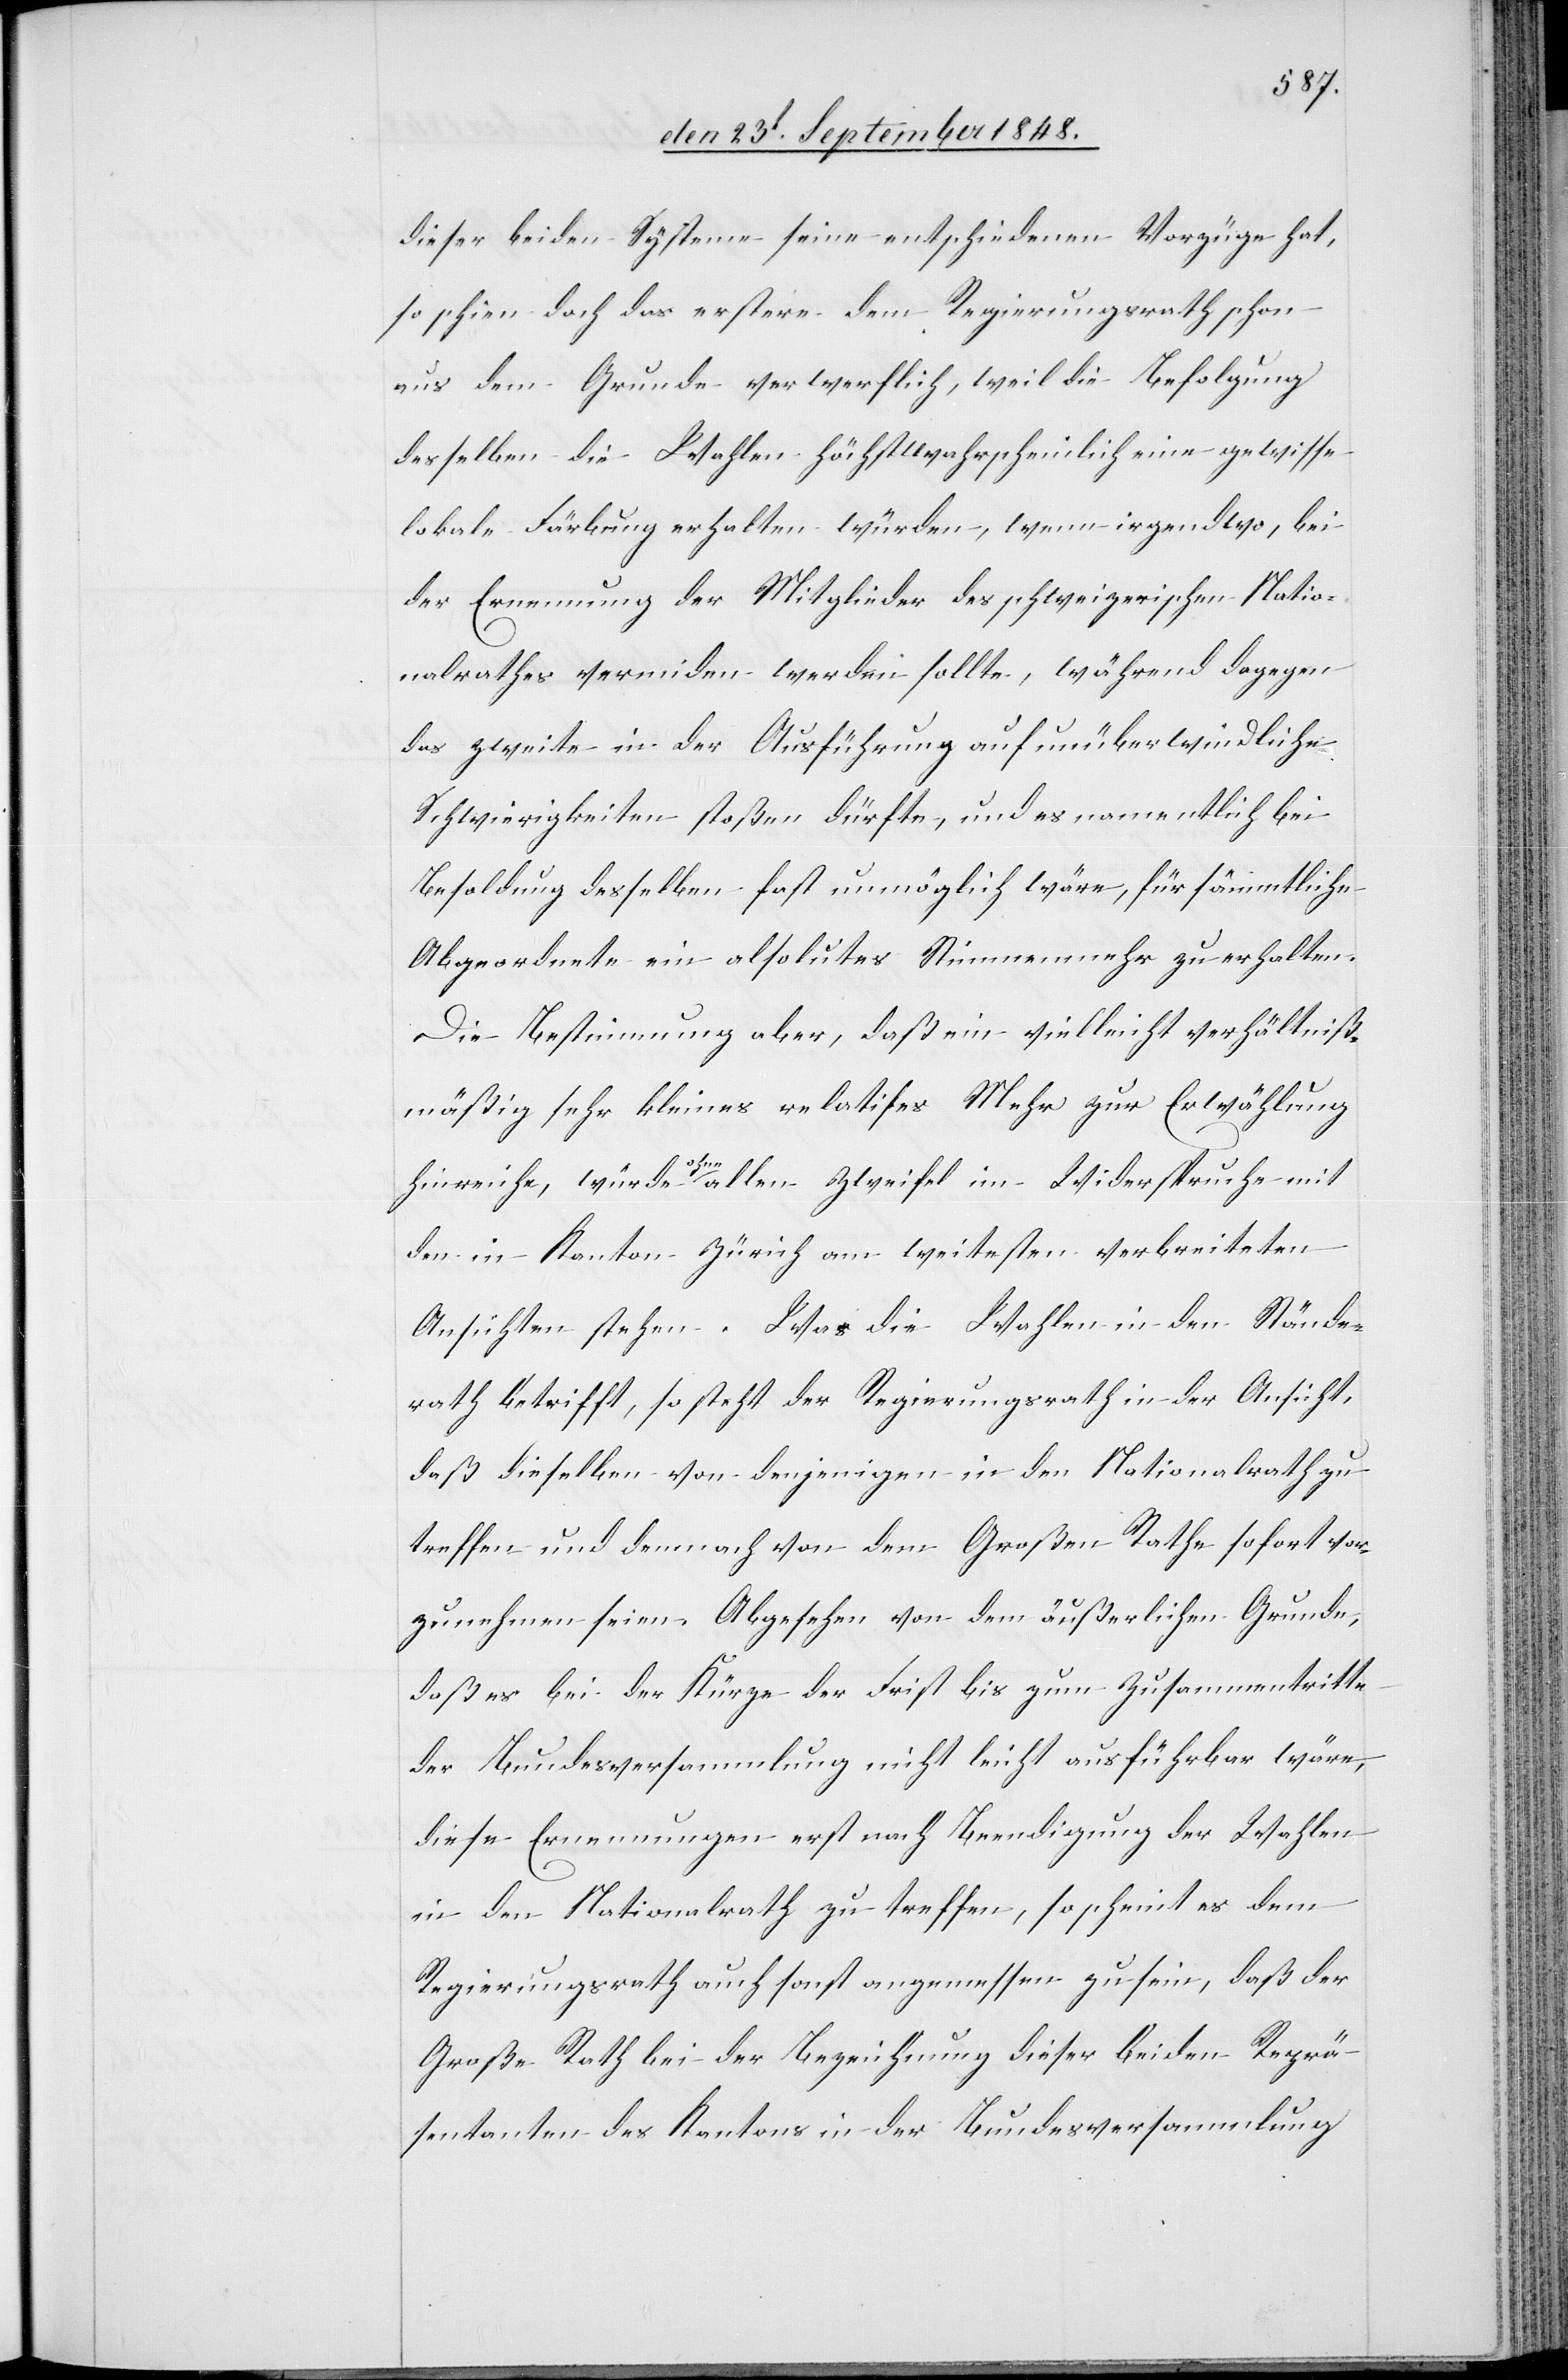
dieser beiden Systeme seine entscheidenden Vorzüge hat,
so schien doch das erstere dem Regierungsrath schon
aus dem Grunde verwerflich, weil die Befolgung
desselben die Wahlen höchstwahrscheinlich eine gewisse
lokale Färbung erhalten würden, wenn irgendwo, bei
der Ernennung der Mitglieder des schweizerischen Natio¬
nalrathes vermeiden werden sollte, während dagegen
das zweite in der Ausführung auf unüberwindliche
Schwierigkeiten stoßen dürfte, und es namentlich bei
Befolgung] desselben fast unmöglich wäre, für sämmtliche
Abgeordnete ein absolutes Stimmenmehr zu erhalten.
Die Bestimmung aber, daß ein vielleicht verhältniß¬
mäßig sehr kleines relatifes Mehr zur Erwählung
hinreiche, würde ohne allen Zweifel im Widerspruch mit
den in [sic!] Kanton Zürich am weitesten verbreiteten
Ansichten stehen. Was die Wahlen in den Stände¬
rath betrifft, so steht der Regierungsrath in der Ansicht,
daß dieselben von denjenigen in den Nationalrath zu
treffen und demnach von dem Großen Rathe sofort vor¬
zunehmen seien. Abgesehen von dem äußerlichen Grunde,
daß es bei der Kürze der Frist bis zum Zusammentritte
der Bundesversammlung nicht leicht ausführbar wäre,
diese Ernennungen erst nach Beendigung der Wahlen
in den Nationalrath zu treffen, so scheint es dem
Regierungsrath auch sonst angemessen zu sein, daß der
Große Rath bei der Bezeichnung dieser beiden Reprä¬
sentanten des Kantons in der Bundesversammlung